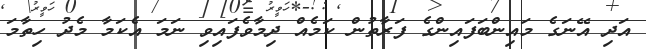
އަދި އޭނަގެ މައިންބަފައިންގެ ފަރާތުން ކަމެއް ދިމާވެފައިވި ނަމަ އެކަމާ މެދު ހިތާމަ